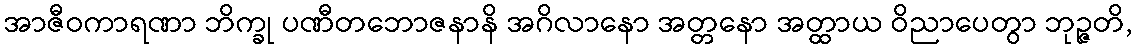
အာဇီဝကာရဏာ ဘိက္ခု ပဏီတဘောဇနာနိ အဂိလာနော အတ္တနော အတ္ထာယ ဝိညာပေတွာ ဘုဉ္ဇတိ,